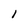
Character: 1